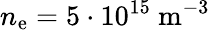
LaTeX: n_{\mathrm{e}}=5\cdot 10^{15}~\mathrm{m}^{-3}